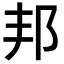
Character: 邦